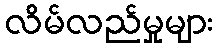
လိမ်လည်မှုများ